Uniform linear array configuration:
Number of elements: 4
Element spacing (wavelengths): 0.5
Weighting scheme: exponential
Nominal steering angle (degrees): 45
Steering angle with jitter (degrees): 46.756
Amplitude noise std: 0.05
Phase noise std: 0.05

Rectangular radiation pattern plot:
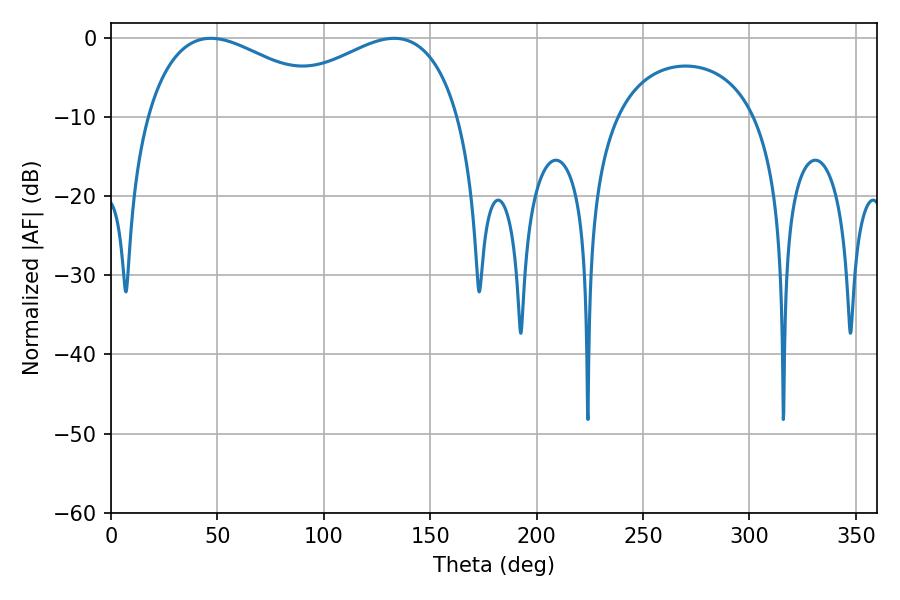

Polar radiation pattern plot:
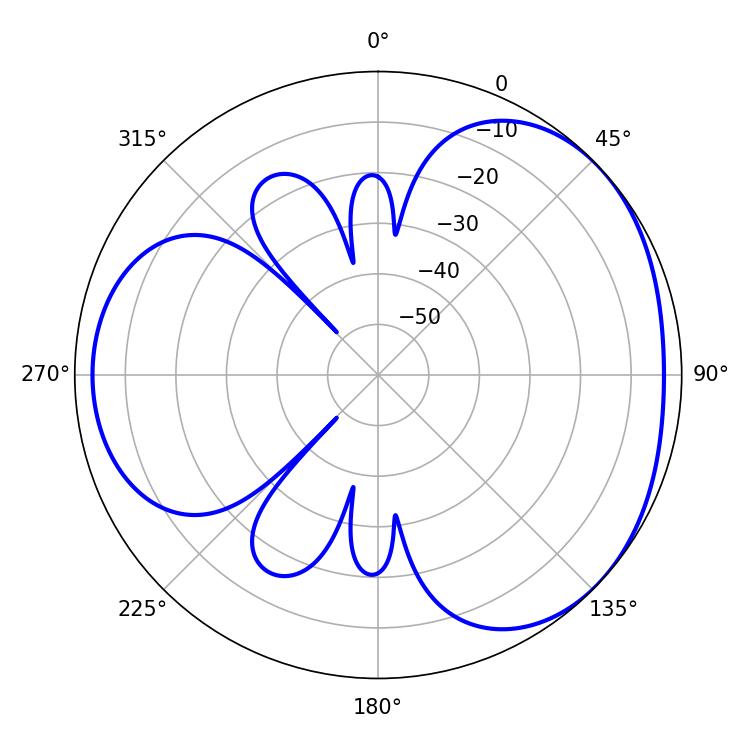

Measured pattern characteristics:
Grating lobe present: FALSE
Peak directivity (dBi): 3.308
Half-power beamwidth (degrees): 50.22
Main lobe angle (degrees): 46.98